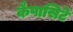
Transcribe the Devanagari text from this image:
कैपासिटे